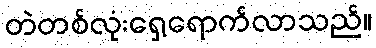
တဲတစ်လုံးရှေ့ရောက်လာသည်။